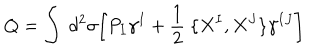
Q = \int ~ d ^ { 2 } \sigma \biggl [ P _ { I } \gamma ^ { I } + \frac { 1 } { 2 } ~ \lbrace X ^ { I } , X ^ { J } \rbrace \gamma ^ { I J } \biggr ]